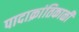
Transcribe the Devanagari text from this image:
पादाक्रांतिकाळी